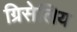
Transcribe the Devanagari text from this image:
ग्रिसेलिय